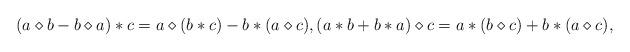
LaTeX: \begin{gather*} (a \diamond b - b \diamond a) \ast c = a \diamond (b \ast c) - b \ast (a \diamond c), (a \ast b + b \ast a) \diamond c = a \ast (b \diamond c) + b \ast (a \diamond c), \end{gather*}